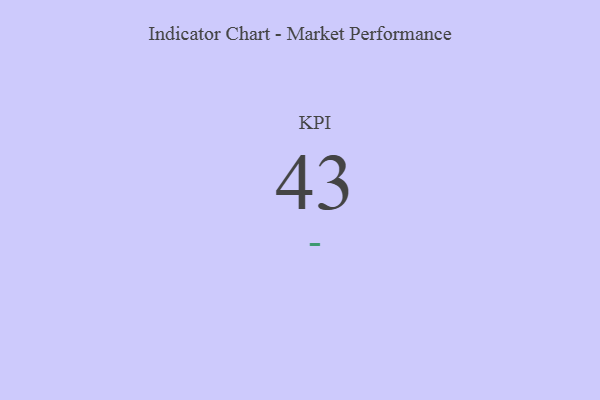
{"axis": {"x": "KPI", "y": "Value"}, "legend": [""], "data": [{"x": "KPI", "y": 43, "type": ""}]}